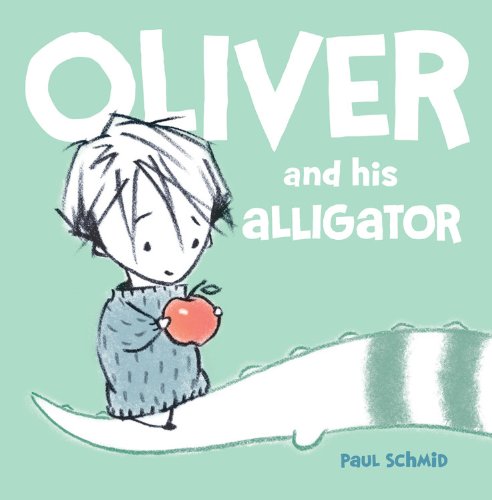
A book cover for Oliver and his Alligator (Schmid, Paul); Paul Schmid; Children's Books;